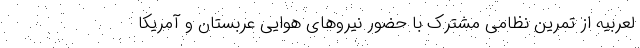
لعربیه از تمرین نظامی مشترک با حضور نیروهای هوایی عربستان و آمریکا